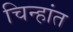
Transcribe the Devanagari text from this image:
चिन्हांत